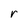
Character: r